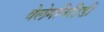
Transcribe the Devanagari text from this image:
वेलेमनिटिडी